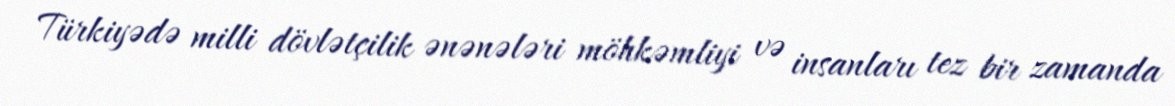
Türkiyədə milli dövlətçilik ənənələri möhkəmliyi və insanları tez bir zamanda